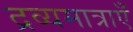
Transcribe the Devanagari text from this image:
द्रव्यमात्राएँ